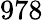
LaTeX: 978